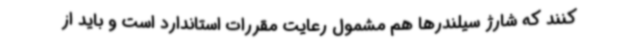
کنند که شارژ سیلندرها هم مشمول رعایت مقررات استاندارد است و باید از